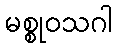
မစ္စုဝသဂါ